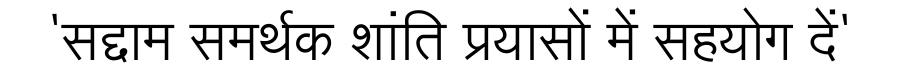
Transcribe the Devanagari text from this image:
'सद्दाम समर्थक शांति प्रयासों में सहयोग दें'